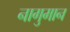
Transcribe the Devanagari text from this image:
नागुमान